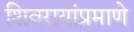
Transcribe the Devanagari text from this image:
शिवरायांप्रमाणे